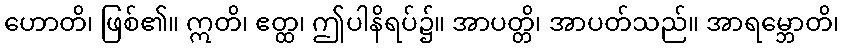
ဟောတိ၊ ဖြစ်၏။ ဣတိ၊ ဧတ္ထ၊ ဤပါနိရပ်၌။ အာပတ္တိ၊ အာပတ်သည်။ အာရမ္ဘောတိ၊